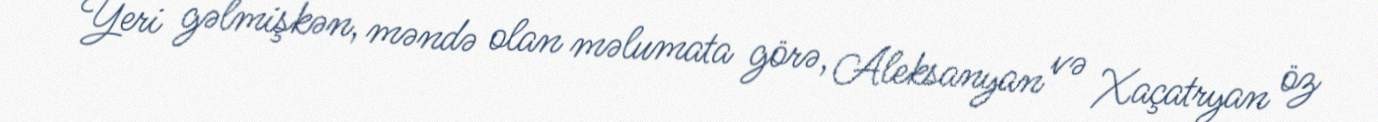
Yeri gəlmişkən, məndə olan məlumata görə, Aleksanyan və Xaçatryan öz